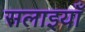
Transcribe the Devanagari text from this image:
सलाइयाँ